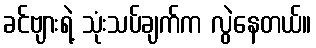
ခင်ဗျားရဲ့ သုံးသပ်ချက်က လွဲနေတယ်။